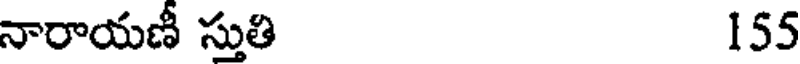
నారాయణీ స్తుతి 155